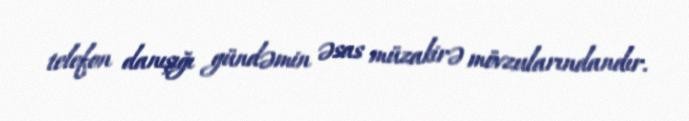
telefon danışığı gündəmin əsas müzakirə mövzularındandır.